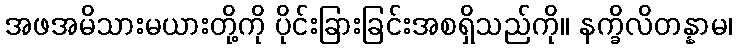
အဖအမိသားမယားတို့ကို ပိုင်းခြားခြင်းအစရှိသည်ကို။ နက္ခိလိတန္နာမ၊